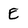
Character: E